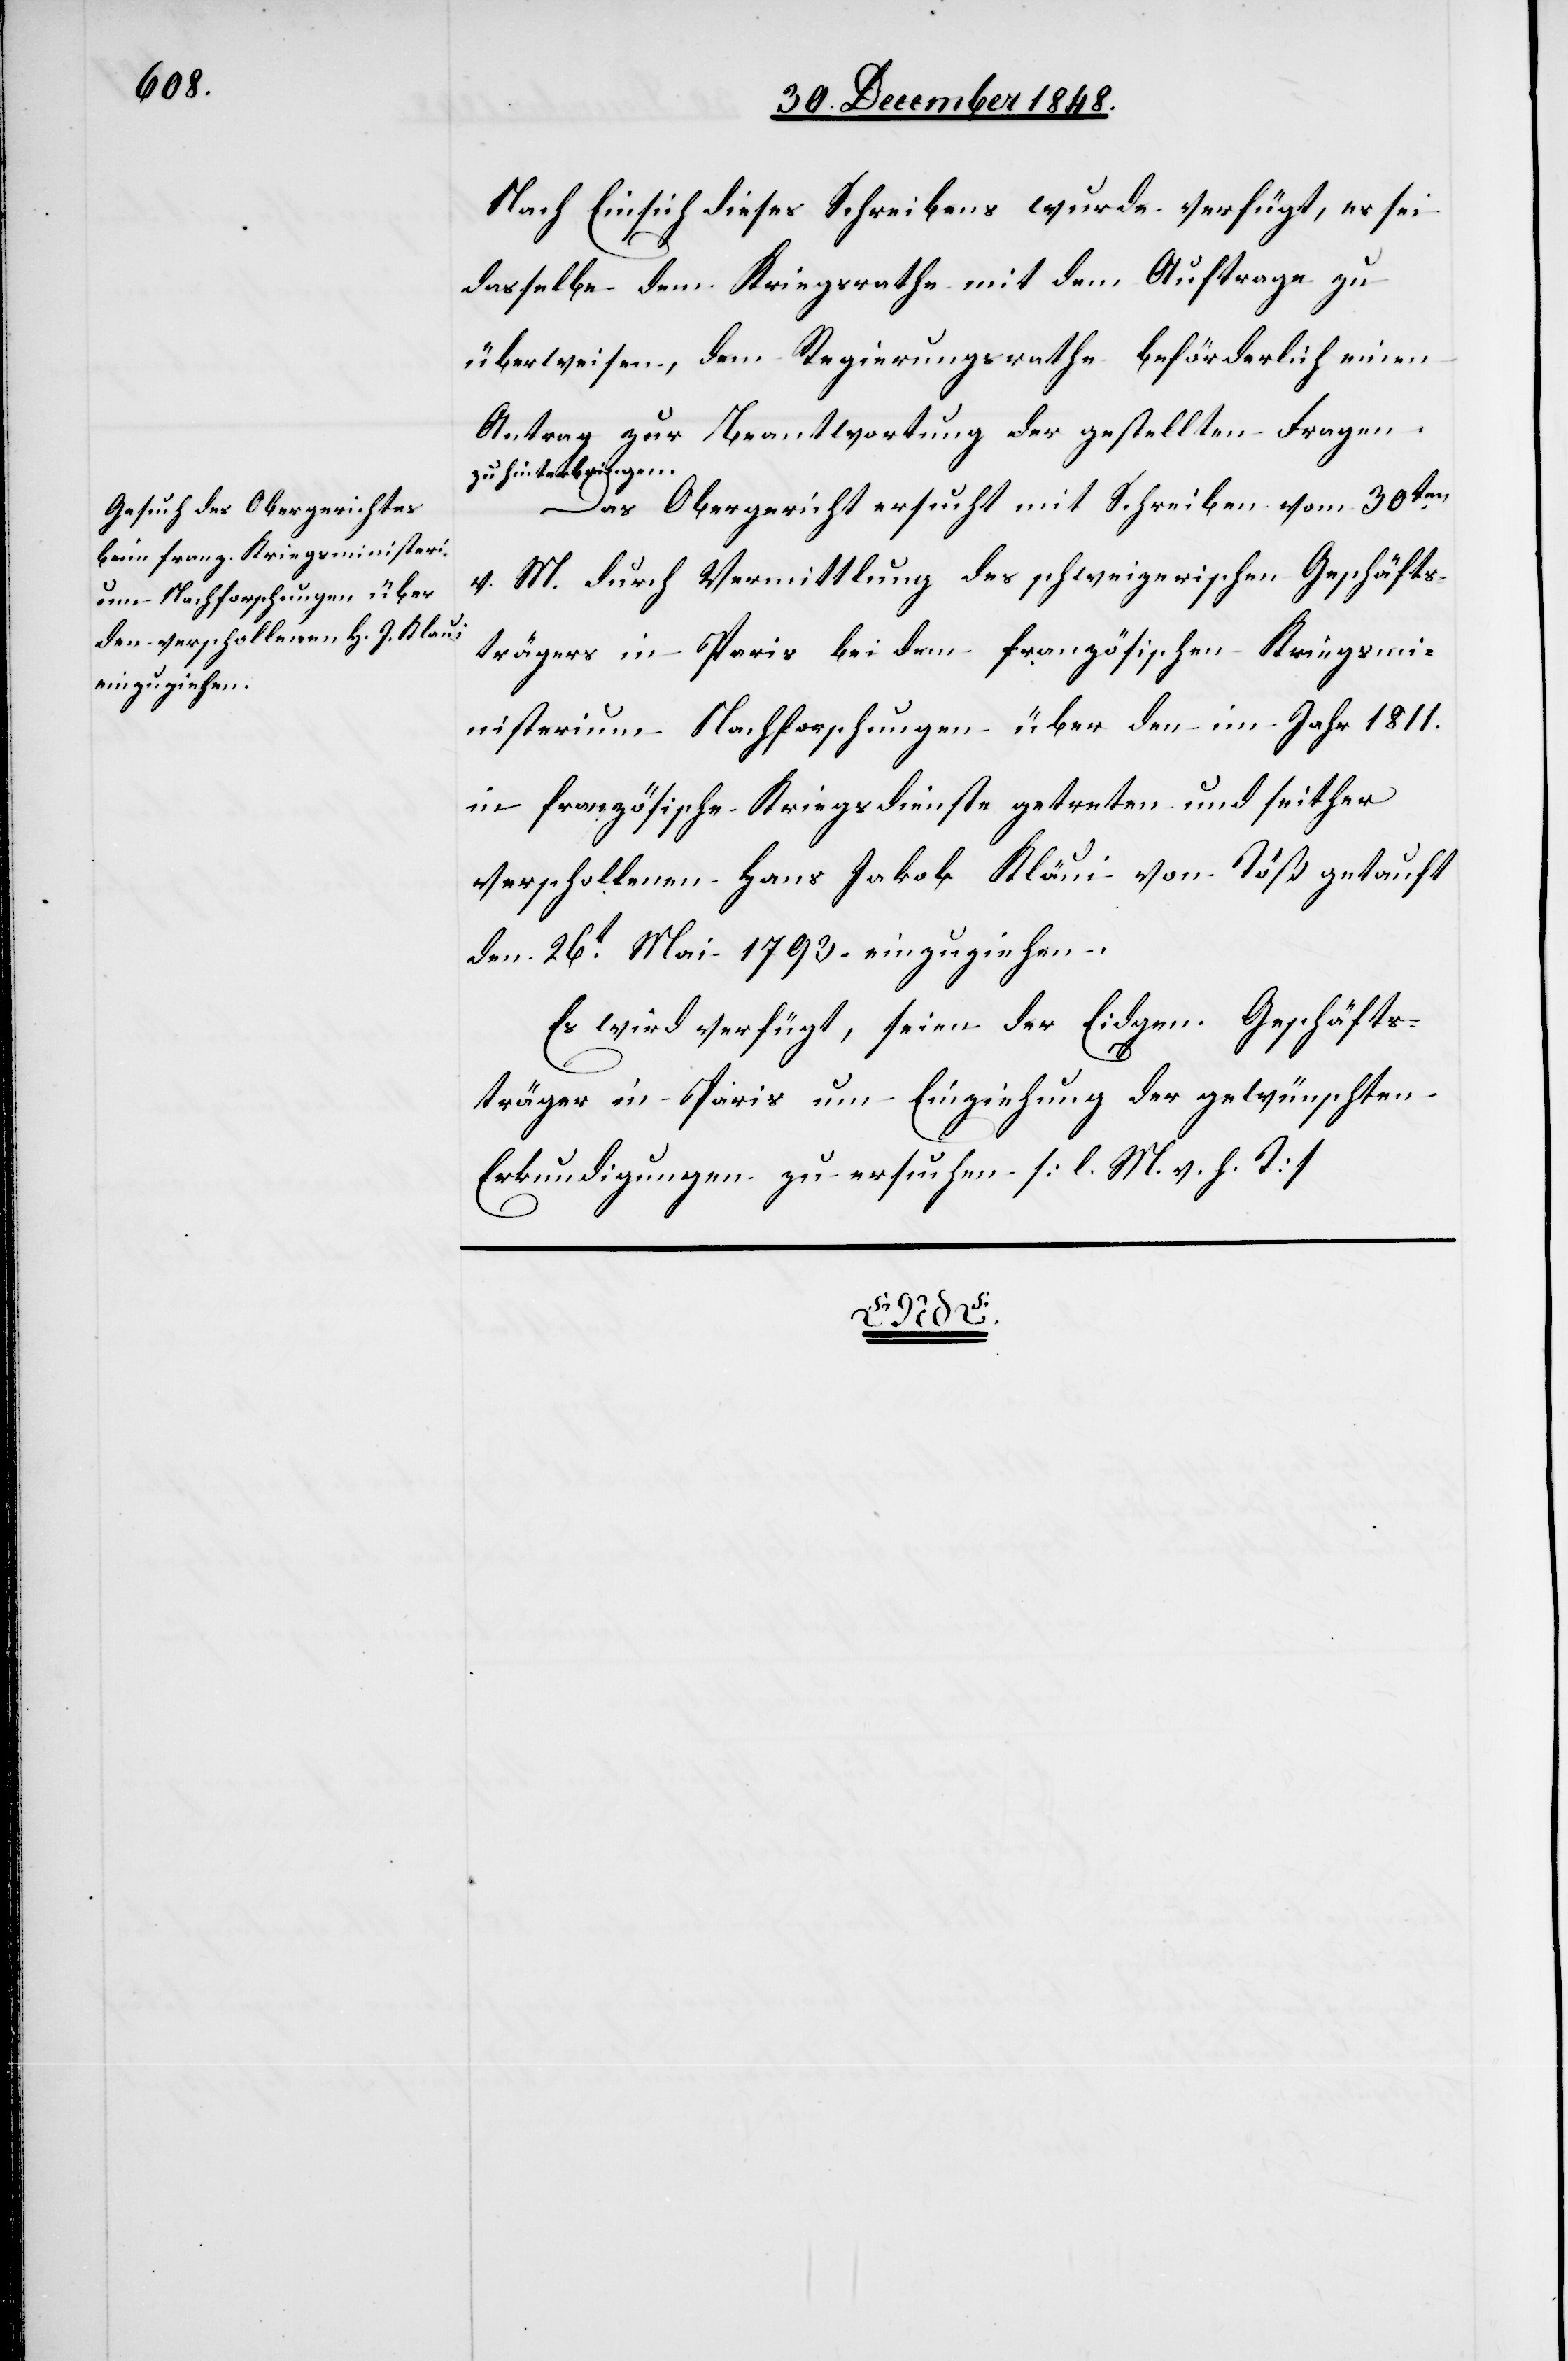
Nach Einsicht dieses Schreibens wurde verfügt, es sei
dasselbe dem Kriegsrathe mit dem Auftrage zu
überweisen, dem Regierungsrathe beförderlich einen
Antrag zur Beantwortung der gestellten Fragen
zu hinterbringen.
Das Obergericht ersucht mit Schreiben vom 30ten
v. M. durch Vermittlung des schweizerischen Geschäfts¬
trägers in Paris bei dem französischen Kriegsmi¬
nisterium Nachforschungen über den im Jahr 1811.
in französische Kriegsdienste getreten und seither
verschollenen Hans Jakob Kläui [sic!] von Töß getauft
den 26t Mai 1793. einzuziehen.
Es wird verfügt, seien der Eidgen. Geschäfts¬
träger in Paris um Einziehung der gewünschten
Erkundigungen zu ersuchen. [l. M. v. h. T]
5t Januar
den